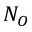
N _ { O }